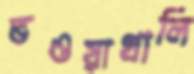
ভওয়াখালি